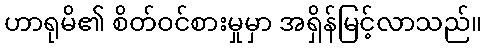
ဟာရုမိ၏ စိတ်ဝင်စားမှုမှာ အရှိန်မြင့်လာသည်။